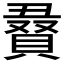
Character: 𮚔